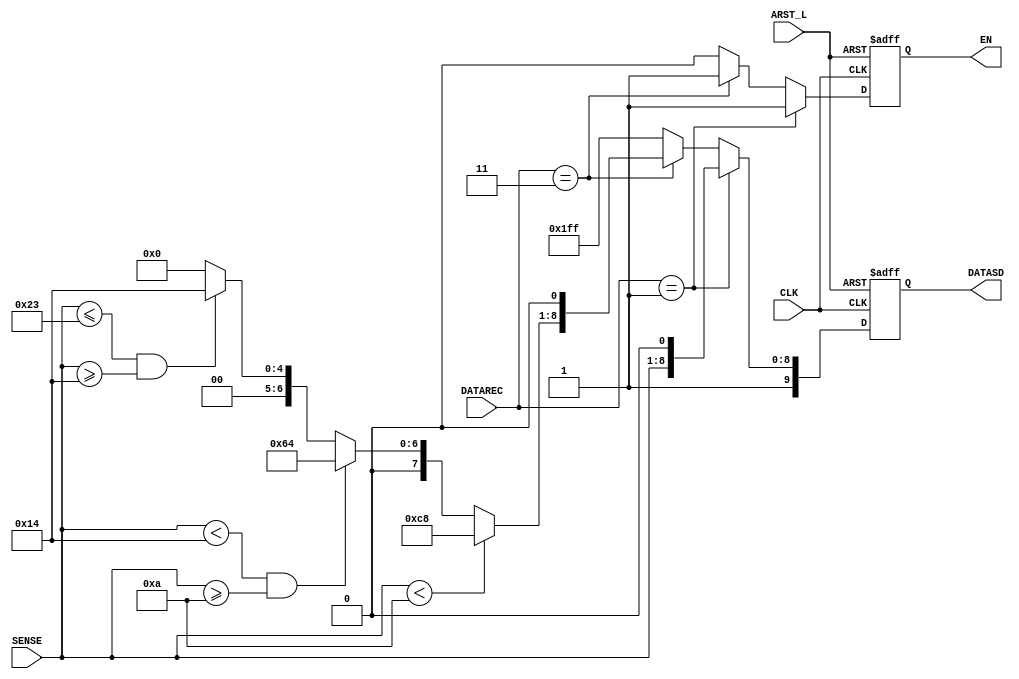
`timescale 1ns / 1ps
//////////////////////////////////////////////////////////////////////////////////
// Company: 
// Engineer: 
// 
// Design Name: 
// Module Name: MASTER
// Project Name: 
// Target Devices: 
// Tool Versions: 
// Description: 
// 
// Dependencies: 
// 
// Revision:
// Revision 0.01 - File Created
// Additional Comments:
// 
//////////////////////////////////////////////////////////////////////////////////


module MASTER(DATAREC, SENSE, CLK, ARST_L, EN, DATASD);
input[7:0] DATAREC;
input[7:0] SENSE;
input CLK, ARST_L;
output reg EN;
output reg[9:0]DATASD;

wire[7:0] datasdt_i;
reg[7:0] datasdpwm_i;
wire arst_i;

assign arst_i = ~ARST_L;

assign datasdt_i = SENSE;

always@(posedge CLK, posedge arst_i)
begin
    if (arst_i)
    begin
        DATASD <= 10'b1111111111;
        EN <= 0;
    end
    else if(DATAREC == 1 )
    begin
        DATASD <= {1'b1,datasdt_i,1'b0};
        EN <= 1;
    end
    else if(DATAREC == 3 )
    begin
        DATASD <= {1'b1,datasdpwm_i,1'b0};
        EN <=1;
    end
    else
    begin
        DATASD <= 10'b1111111111;
        EN <= 0;    
    end
end

always@(SENSE)
begin
    if(SENSE < 10)
    begin
        datasdpwm_i <= 200;
    end
    else if(SENSE < 20 && SENSE >= 10)
    begin
        datasdpwm_i <= 100;
    end
    else if(SENSE <= 35 && SENSE >= 20)
    begin
        datasdpwm_i <= 20;
    end
    else
    begin
        datasdpwm_i <= 0;
    end
end


endmodule